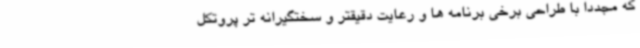
که مجددا با طراحی برخی برنامه ها و رعایت دقیقتر و سختگیرانه تر پروتکل